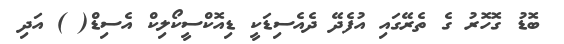
ބޮޑު ގޮހޮރު ގެ ތެރޭގައި އުފެދޭ ދެއެސިޑަކީ ޑިއޮކްސީކޯލިކް އެސިޑް( ) އަދި